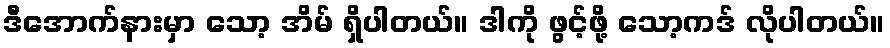
ဒီအောက်နားမှာ သော့ အိမ် ရှိပါတယ်။ ဒါကို ဖွင့်ဖို့ သော့ကဒ် လိုပါတယ်။